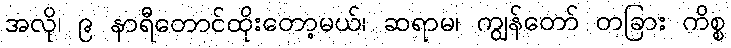
အလို၊ ၉ နာရီတောင်ထိုးတော့မယ်၊ ဆရာမ၊ ကျွန်တော် တခြား ကိစ္စ